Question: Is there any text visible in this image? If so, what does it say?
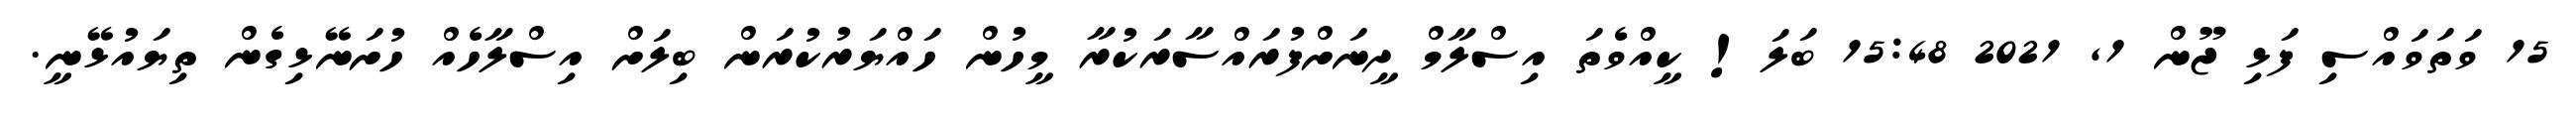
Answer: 15 ވަތަވައްސި ފަޅި ޖޫން 1, 2021 15:48 ބަލަ! ކީއްވެތަ އިސްލާމް ދީނަށްފުރައްސާރަކުރާ މީހުން ހައްޔަރުކުރަން ބިލަށް އިސްލާހެއް ހުށަނޭޅިގެން ތިޔައުޅޭނީ.